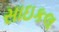
સાઇકલ